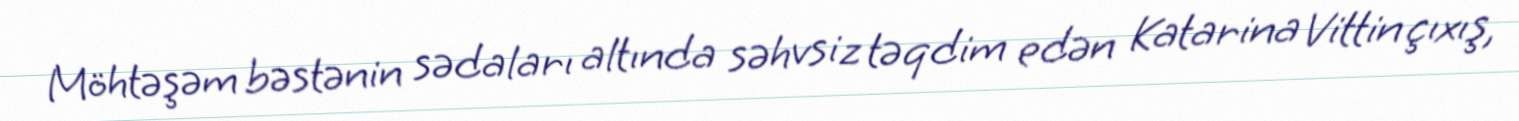
Möhtəşəm bəstənin sədaları altında səhvsiz təqdim edən Katarina Vittin çıxış,